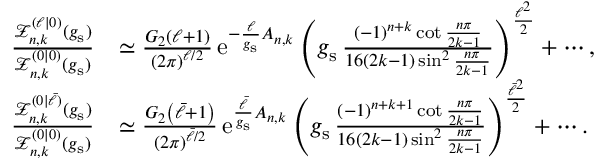
\begin{array} { r l } { \frac { \mathcal { Z } _ { n , k } ^ { ( \ell | 0 ) } ( g _ { \mathrm { s } } ) } { \mathcal { Z } _ { n , k } ^ { ( 0 | 0 ) } ( g _ { \mathrm { s } } ) } } & { \simeq \frac { G _ { 2 } \left( \ell + 1 \right) } { \left( 2 \pi \right) ^ { \ell / 2 } } \, { \mathrm { e } } ^ { - \frac { \ell } { g _ { \mathrm { s } } } A _ { n , k } } \left( g _ { \mathrm { s } } \, \frac { ( - 1 ) ^ { n + k } \cot \frac { n \pi } { 2 k - 1 } } { 1 6 \left( 2 k - 1 \right) \sin ^ { 2 } \frac { n \pi } { 2 k - 1 } } \right) ^ { \frac { \ell ^ { 2 } } { 2 } } + \cdots , } \\ { \frac { \mathcal { Z } _ { n , k } ^ { ( 0 | \bar { \ell } ) } ( g _ { \mathrm { s } } ) } { \mathcal { Z } _ { n , k } ^ { ( 0 | 0 ) } ( g _ { \mathrm { s } } ) } } & { \simeq \frac { G _ { 2 } \left( \bar { \ell } + 1 \right) } { \left( 2 \pi \right) ^ { \bar { \ell } / 2 } } \, { \mathrm { e } } ^ { \frac { \bar { \ell } } { g _ { \mathrm { s } } } A _ { n , k } } \left( g _ { \mathrm { s } } \, \frac { ( - 1 ) ^ { n + k + 1 } \cot \frac { n \pi } { 2 k - 1 } } { 1 6 \left( 2 k - 1 \right) \sin ^ { 2 } \frac { n \pi } { 2 k - 1 } } \right) ^ { \frac { \bar { \ell } ^ { 2 } } { 2 } } + \cdots . } \end{array}